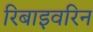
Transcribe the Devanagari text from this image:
रिबाइवरिन